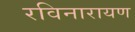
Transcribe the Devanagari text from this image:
रविनारायण